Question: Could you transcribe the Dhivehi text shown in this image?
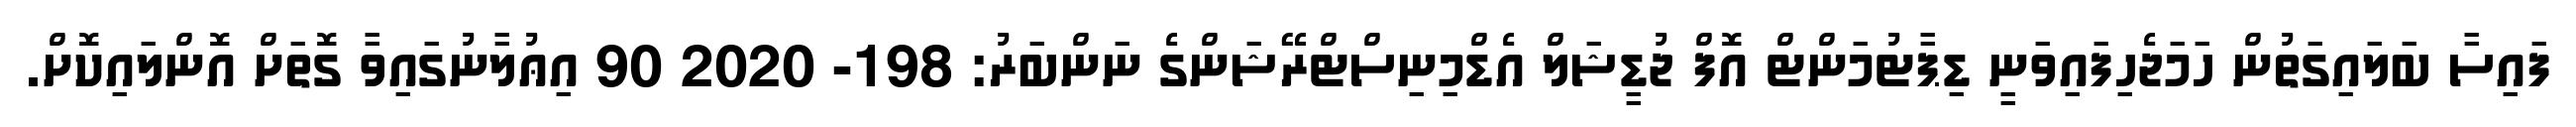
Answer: ފައިސާ ބަލައިގަތުން ހަމަޖެހިފައިވަނީ ޑިޕާޓުމަންޓް އޮފް ޖުޑީޝަލް އެޑްމިނިސްޓްރޭޝަންގެ ނަންބަރު: 198- 2020 90 އިޢުލާނުގައިވާ ގޮތަށް އޮންލައިކޮށް.